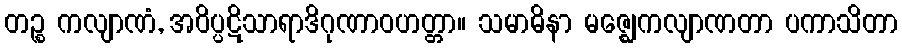
တဉ္စ ကလျာဏံ, အဝိပ္ပဋိသာရာဒိဂုဏာဝဟတ္တာ။ သမာဓိနာ မဇ္ဈေကလျာဏတာ ပကာသိတာ